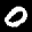
Label: 0